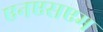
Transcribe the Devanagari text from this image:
एनएसएम